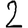
Digit: 2